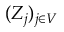
( Z _ { j } ) _ { j \in V }